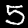
Digit: 5